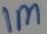
Text: 1M